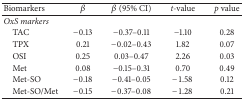
<table><thead><tr><td><b>Biomarkers</b></td><td><b><i>β</i></b></td><td><b><i>β</i> (95% CI)</b></td><td><b><i>t-</i>value</b></td><td><b><i>p </i>value</b></td></tr></thead><tbody><tr><td><i>OxS markers</i></td><td> </td><td> </td><td> </td><td> </td></tr><tr><td> TAC </td><td>−0.13</td><td>−0.37–0.11</td><td>−1.10</td><td>0.28</td></tr><tr><td> TPX</td><td>0.21</td><td>−0.02–0.43</td><td>1.82</td><td>0.07</td></tr><tr><td> OSI </td><td>0.25</td><td>0.03–0.47</td><td>2.26</td><td>0.03</td></tr><tr><td> Met</td><td>0.08</td><td>−0.15–0.31</td><td>0.70</td><td>0.49</td></tr><tr><td> Met-SO</td><td>−0.18</td><td>−0.41–0.05</td><td>−1.58</td><td>0.12</td></tr><tr><td> Met-SO/Met</td><td>−0.15</td><td>−0.37–0.08</td><td>−1.28</td><td>0.21</td></tr></tbody></table>